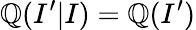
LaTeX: \mathbb{Q}(I^{\prime}|I)=\mathbb{Q}(I^{\prime})